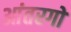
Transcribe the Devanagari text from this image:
आंतरगों